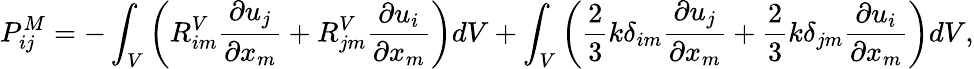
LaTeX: P_{ij}^{M}=-\int_{V}\left(R_{im}^{V}\frac{\partial u_{j}}{\partial x_{m}}+R_{jm}^{V}\frac{\partial u_{i}}{\partial x_{m}}\right)dV+\int_{V}\left(\frac{2}{3}k\delta_{im}\frac{\partial u_{j}}{\partial x_{m}}+\frac{2}{3}k\delta_{jm}\frac{\partial u_{i}}{\partial x_{m}}\right)dV,